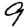
Digit: 9